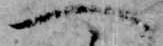
へ